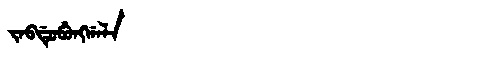
Manchu: ᠵᠠᠪᡩᡠᠪᡠᠩᡤᠠᠯᠠ
Romanization: JABDUBUNGGALA